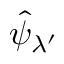
\hat { \psi } _ { \lambda ^ { \prime } }